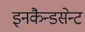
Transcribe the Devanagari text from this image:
इनकैन्डसेन्ट